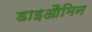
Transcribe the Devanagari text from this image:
डाइऔमिन